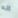
انه